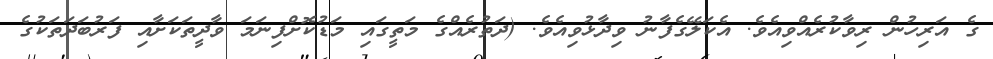
ގެ އަރިހުން ރިވާކުރެއްވިއެވެ. އެކަލޭގެފާނު ވިދާޅުވިއެވެ. (ދަތުރެއްގެ މަތީގައި މަޑުކޮށްފިނަމަ ވާދީތަކަށާއި ފަރުބަދަތަކުގެ